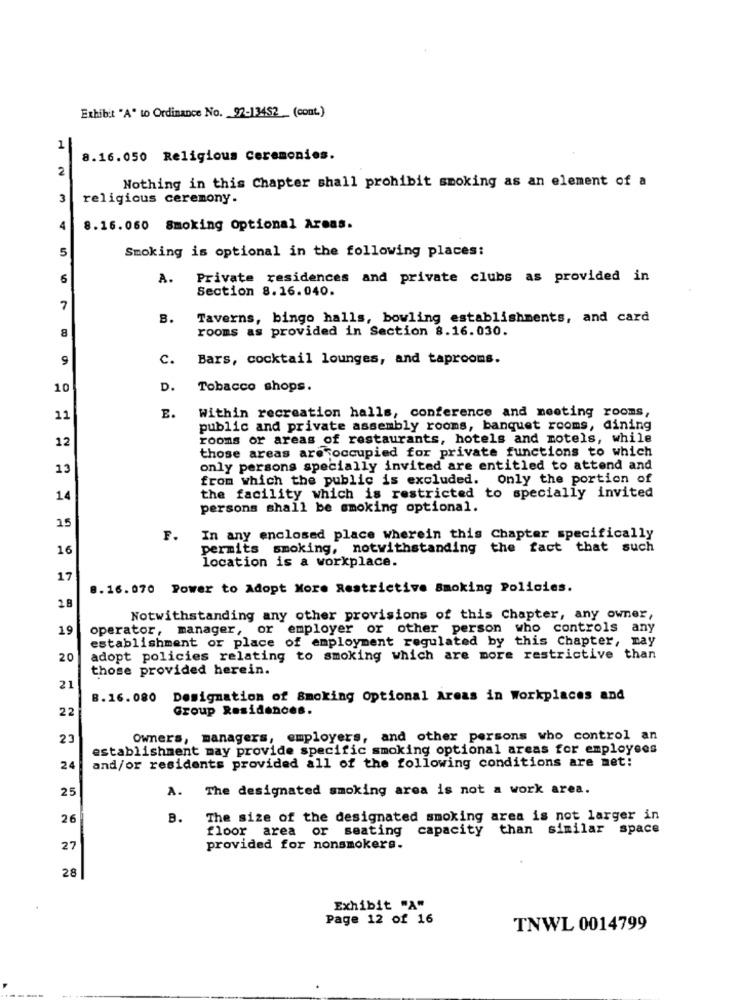
Exhibit "A" to Ordinance No. 92-13452 (cont.)
1
8.16.050 Religious Ceremonies.
2
Nothing in this Chapter shall prohibit smoking as an element of a
3
religious ceremony.
4
8.16.060 Smoking Optional Areas.
5
Smoking is optional in the following places:
6
A.
Private residences and private clubs as provided in
Section 8.16.040.
7
8.
Taverns, bingo halls, bowling establishments, and card
8
rooms as provided in Section 8.16.030.
9
c.
Bars, cocktail lounges, and taprooms.
10
D.
Tobacco shops.
E.
11
Within recreation halls, conference and meeting rooms,
public and private assembly rooms, banquet rooms, dining
12
rooms or areas of restaurants, hotels and motels, while
those areas are occupied for private functions to which
13
only persons specially invited are entitled to attend and
from which the public is excluded. only the portion of
14
the facility which is restricted to specially invited
persons shall be smoking optional.
15
F. In any enclosed place wherein this Chapter specifically
16
permits smoking, notwithstanding the fact that such
location is a workplace.
17
8.16. 070 Power to Adopt More Restrictive Smoking Policies.
2.8
Notwithstanding any other provisions of this Chapter, any owner,
19
operator, manager, or employer or other person who controls any
establishment or place of employment regulated by this Chapter, may
20
adopt policies relating to smoking which are more restrictive than
those provided herein.
21
B.16.080
Designation of Smoking Optional Areas in Workplaces and
22
Group Residences.
23
Owners, managers, employers, and other persons who control an
establishment may provide specific smoking optional areas for employees
and/or residents provided all of the following conditions are met!
24
25
A. The designated smoking area is not a work area.
26
B.
The size of the designated smoking area is not larger in
floor area or seating capacity than similar space
27
provided for nonsmokers.
28
Exhibit "A"
Page 12 of 16
TNWL 0014799